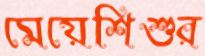
মেয়েশিশুর